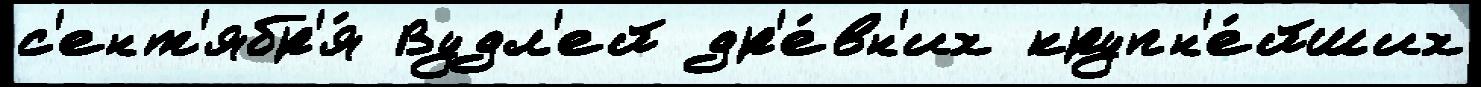
с'ент'ябр'я́ Вудл'ей др'е́вн'их крупн'е́йших